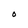
Character: O